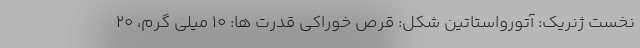
نخست ژنریک: آتورواستاتین شکل: قرص خوراکی قدرت ها: 10 میلی گرم، 20